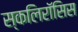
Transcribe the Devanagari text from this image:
स्कलिरॉसिस